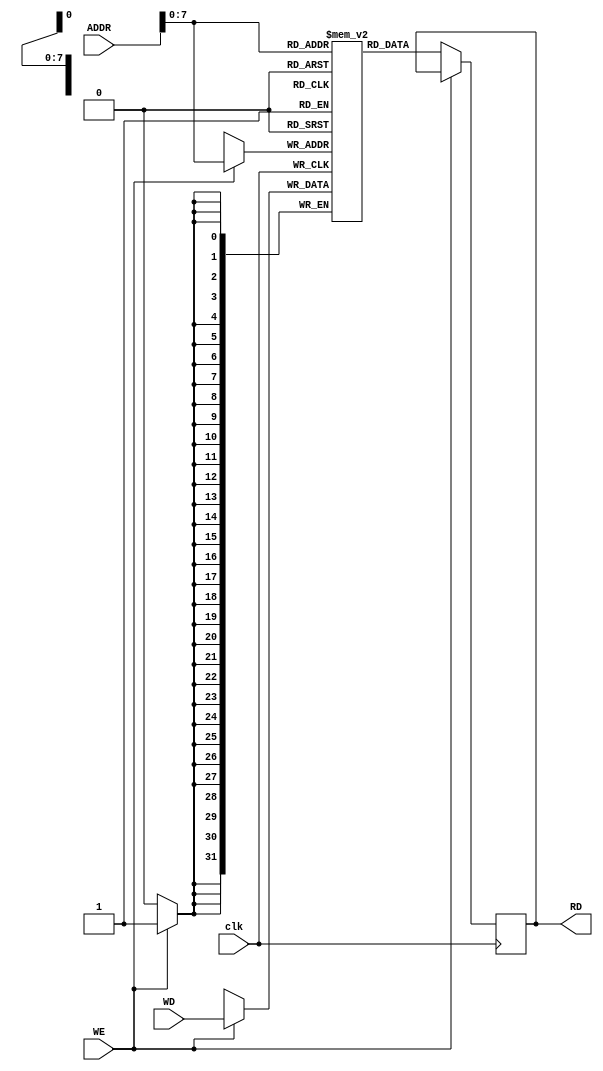
`timescale 1ns / 1ps
//////////////////////////////////////////////////////////////////////////////////
// Company: 
// Engineer: 
// 
// Design Name: 
// Module Name:    Memory 
// Project Name: 
// Target Devices: 
// Tool versions: 
// Description: 
//
// Dependencies: 
//
// Revision: 
// Revision 0.01 - File Created
// Additional Comments: 
//
//////////////////////////////////////////////////////////////////////////////////
module Memory(
    input clk,
    input WE,
    input [31:0] ADDR,
    input [31:0] WD,
    output reg [31:0] RD
    );

reg [31:0] Memory [255:0];

always @(negedge clk) begin
	if(WE)
		Memory[ADDR] <= WD;
	else
		RD <= Memory[ADDR];
end

endmodule